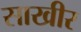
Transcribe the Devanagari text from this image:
साखीर